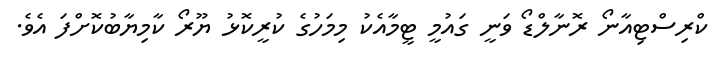
ކްރިސްޓިއާނޯ ރޮނާލްޑޯ ވަނީ ގައުމީ ޓީމާއެކު މިމަހުގެ ކުރީކޮޅު ޔޫރޯ ކާމިޔާބުކޮށްފަ އެވެ.